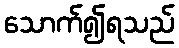
သောက်၍ရသည်